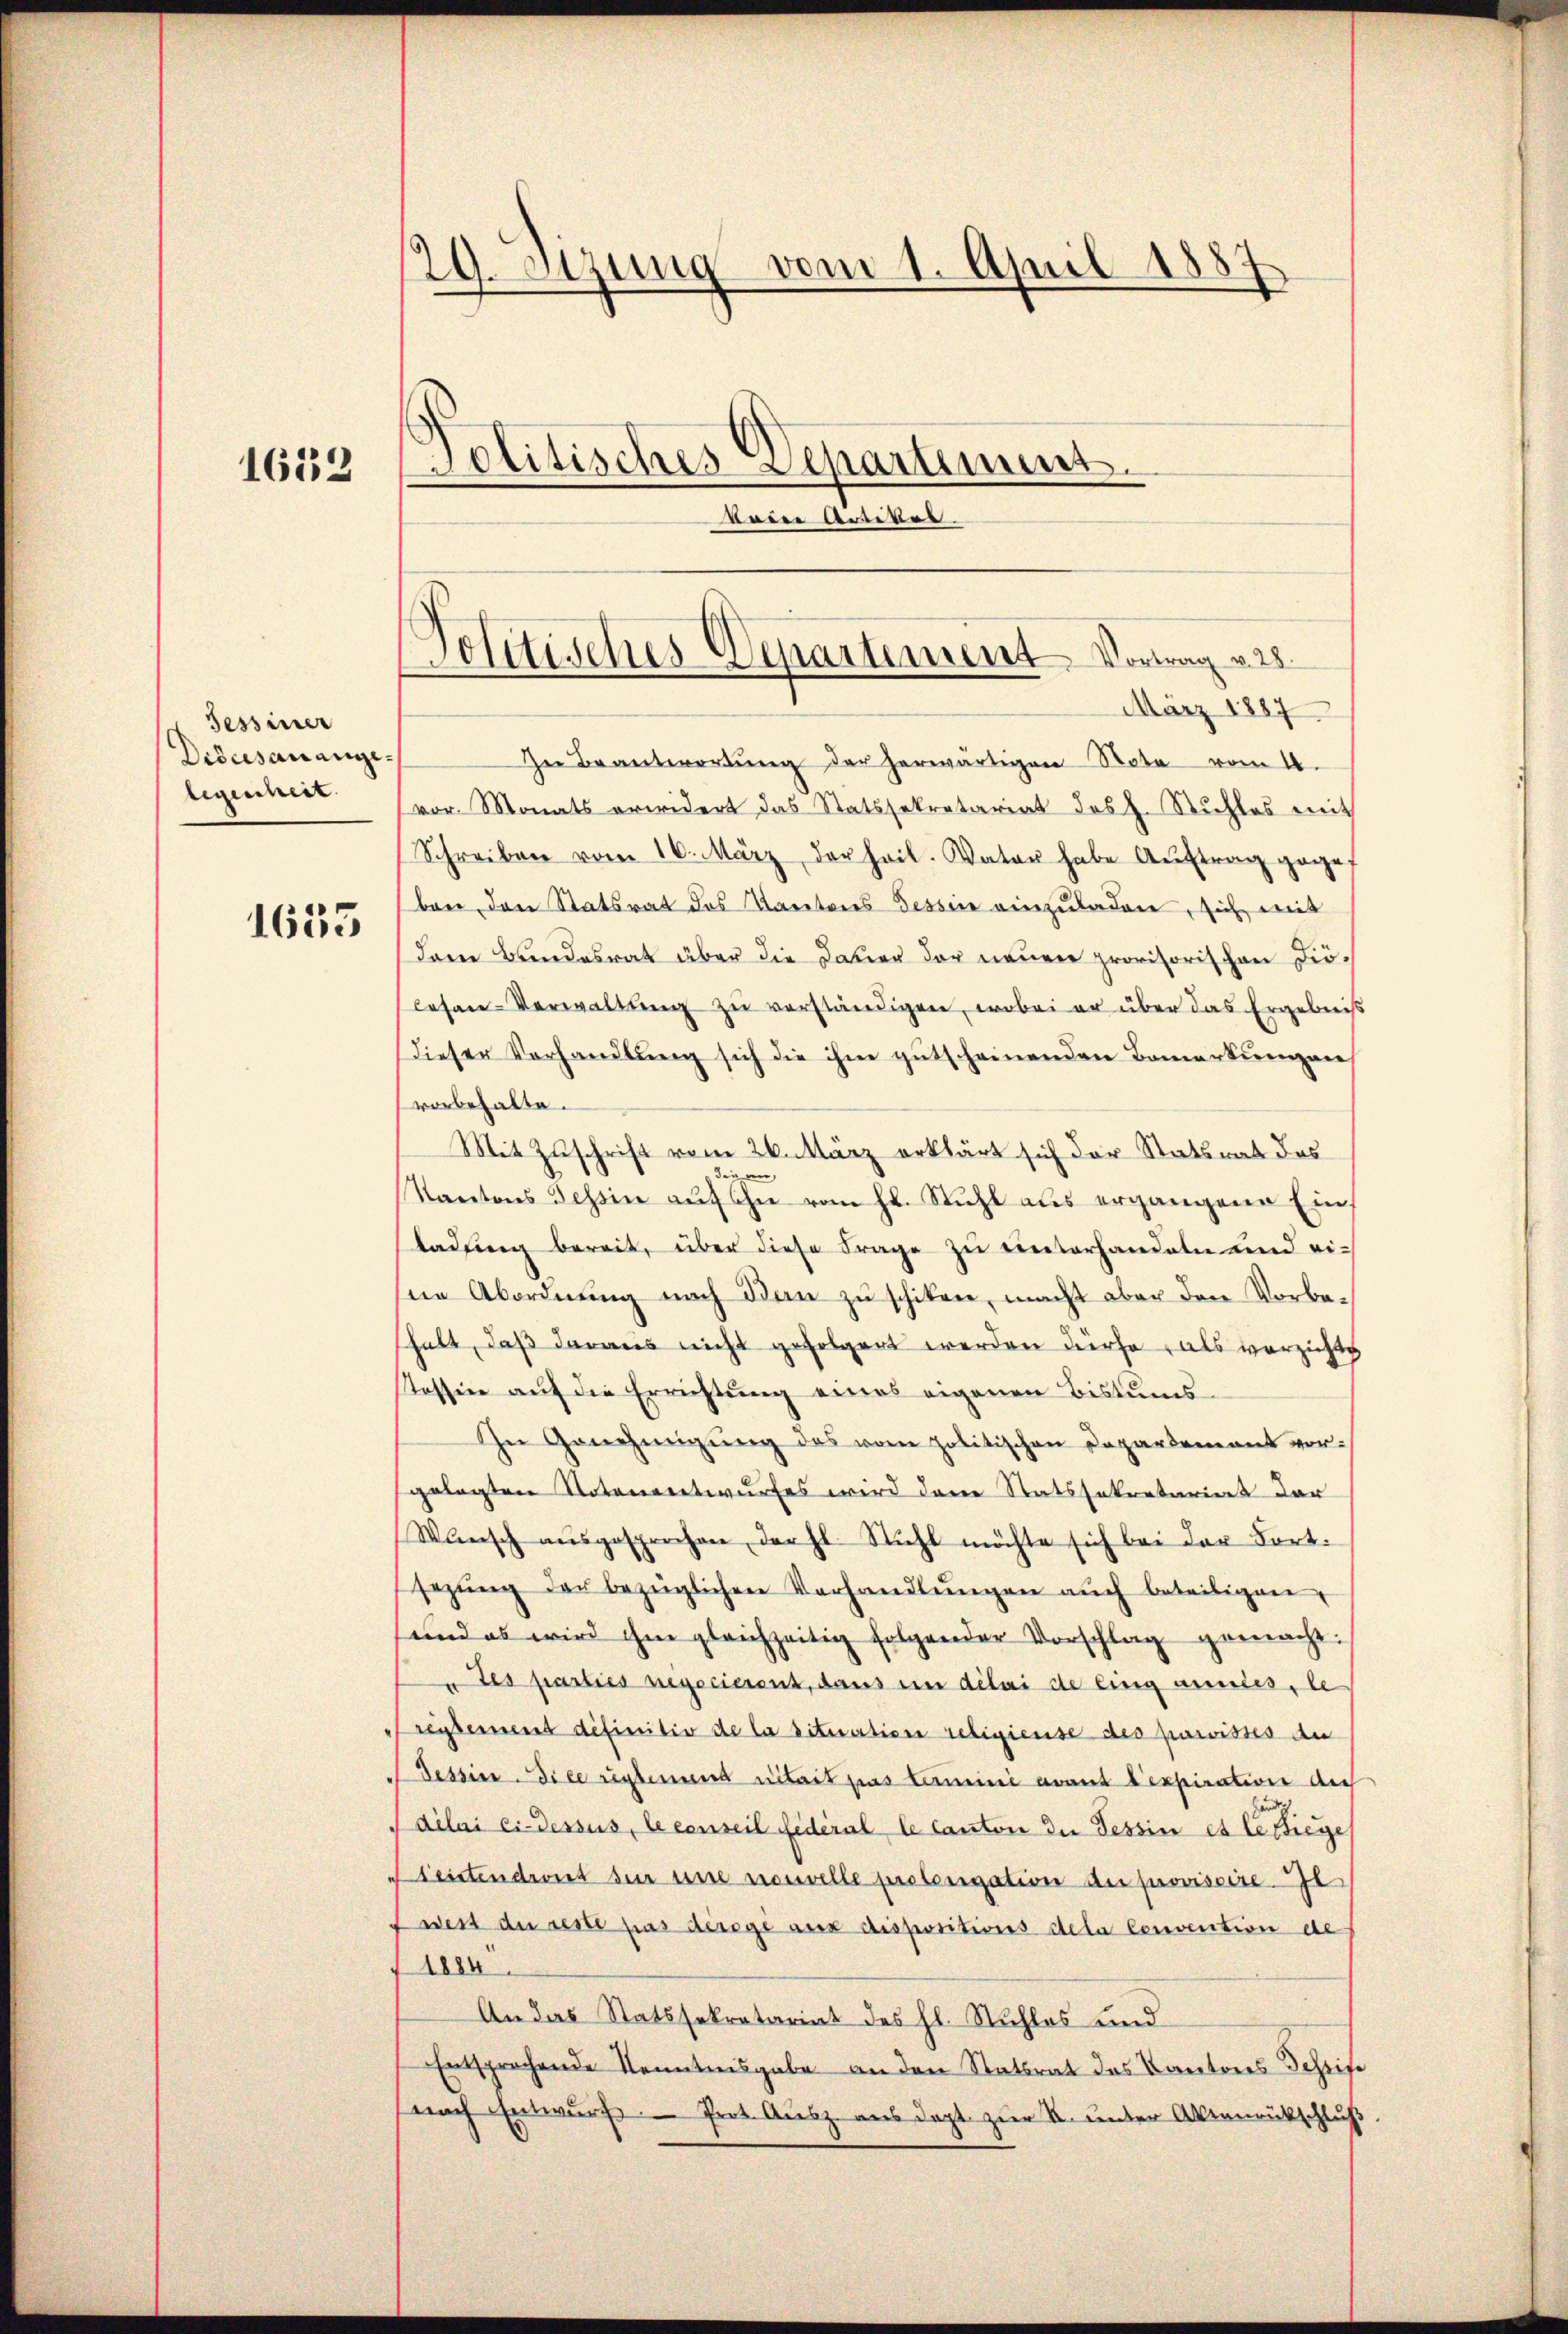
1632

Tessiner
Didersau angelegenheit.

1635

29. Setzung vom 1. April 1887
Politisches Depariimers.
voie Artiker.

Jolitisches Departement Vortrag v. 28.
März 1887

In Beantwortŭng der herwärtigen Note vom 18.
vor. Monats erwidert das Statssekretariat des H. Stuhles mit
Schreiben vom 16. März der heil. Vater habe Auftrag gegef
ben den Statsrat des Kantores Tessin einzuladen, sich mit
dem Bundesrat über die Dauer der neuer provisorischen Dicesan-Verwaltŭng zŭ verständigen, wobei er über das Ergebniß
dieser Vorhandlŭng sich die ihm gutscheinenden Bemerkungen
vorbehalte.
Mit Zuschrift vom 26. März erklärt sich der Statsrat das
die an,
Kantons Tessin auf ihre vom Hr. Stuhl aus ergangene Ein¬
Ladung bereit, über diese Frage zu unterhandeln und eine Abordnung nach dan zu schiken, macht aber den Vorbeshalt, daß daraus nicht gefolgert werden dürfe, als vorziehen
Tossin aŭf die Errichtŭng eines eigenen Bistums-
Ihn Genehmigŭng des vom politischen Departement vorgelegten Notenentwurfes wird den Statssekretariat dar
Wansch aŭsgesprochen darft. Stuhl möchte sich bei der Fort.
sezŭng der bezüglichen Verhandlŭngen aŭch beteiligen,
sund es wird ihm gleichzeitig folgender Vorschlag gemacht:
" Les parties negocierenz, dans in délai de ling annies, le
reglement définitiv de la situation religieuse des parvistes du
Tessin-dice reglemend nitait pas termini avant lexpiration der
délai ci-dessus, le conseil fidéral le Canton die Tessin et lesiege
Leistendront den une nouvelle prolongation der provisoire. Je
west du reste pas derege aux dispositions dela Convention de
1884
An das Statssekretariat des hl. Nuhlos und
Entsprochende Kenntnisgabe an den Statsrat das Kantons Schrift
nach Entwurf - Prot. Ausz aus dept zur R. unter Aktenrückschluß